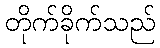
တိုက်ခိုက်သည်